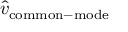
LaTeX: { \hat { v } } _ { \mathrm { c o m m o n - m o d e } }